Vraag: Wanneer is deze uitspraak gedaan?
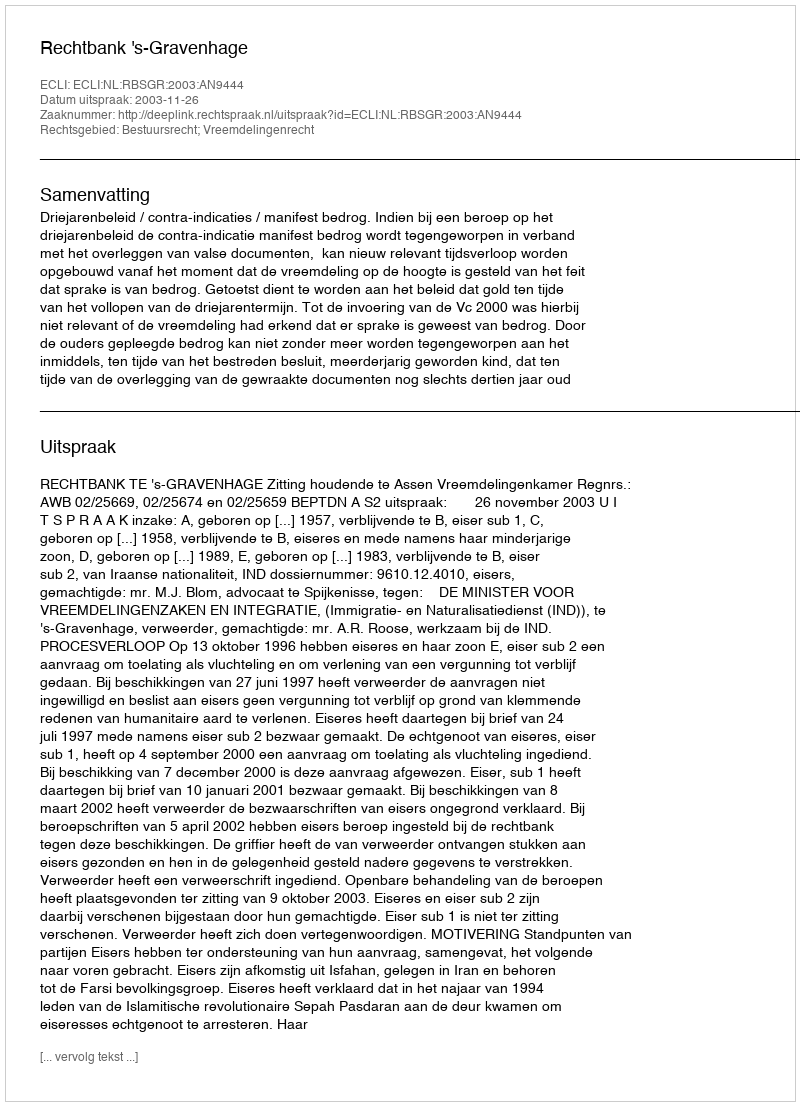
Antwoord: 2003-11-26